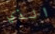
الذي